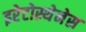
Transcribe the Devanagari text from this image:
इरेटोस्थेनेस